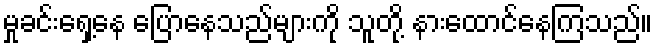
မှုခင်းရှေ့နေ ပြောနေသည်များကို သူတို့ နားထောင်နေကြသည်။